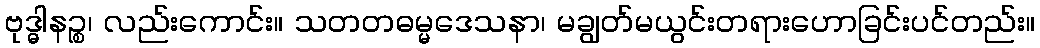
ဗုဒ္ဓါနဉ္စ၊ လည်းကောင်း။ သတတဓမ္မဒေသနာ၊ မချွတ်မယွင်းတရားဟောခြင်းပင်တည်း။